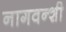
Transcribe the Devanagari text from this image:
नागवन्शी